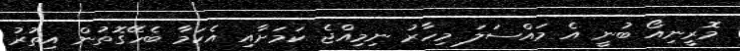
މޮރީނިއޯ ބުނީ އެ މައްސަލަ މިހާރު ނިމިއްޖެ ކަމަށާއި އެކަމާ ބެހޭގޮތުން އިތުރު